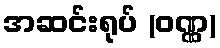
အဆင်းရုပ် (ဝဏ္ဏ)